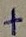
Text: +